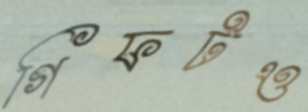
গিফটও